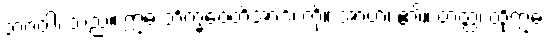
ဘဂဝါ၊ သည်။ ဣဓ ဘိက္ခဝေတိအာဒိံ၊ ကို။ အာဟ၊ ၏။ တတ္ထ၊ ထိုဣဓ